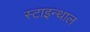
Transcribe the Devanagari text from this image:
स्टाइन्थाल